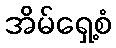
အိမ်ရှေ့စံ